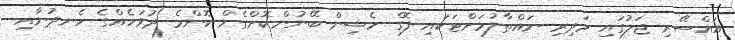
އައްސޭރި ޖަލުގައި މަދިރި ނައްތާލުމަށްޓަކައި ފޮގް މެޝިން ބޭނުންކޮށްގެން ކޮންމެ ދުވަހެއްގެ ހެނދުނާއި